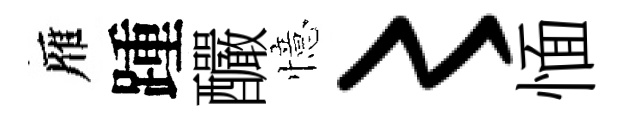
雁踵釅憶〻愐